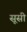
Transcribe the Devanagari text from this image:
सूसी